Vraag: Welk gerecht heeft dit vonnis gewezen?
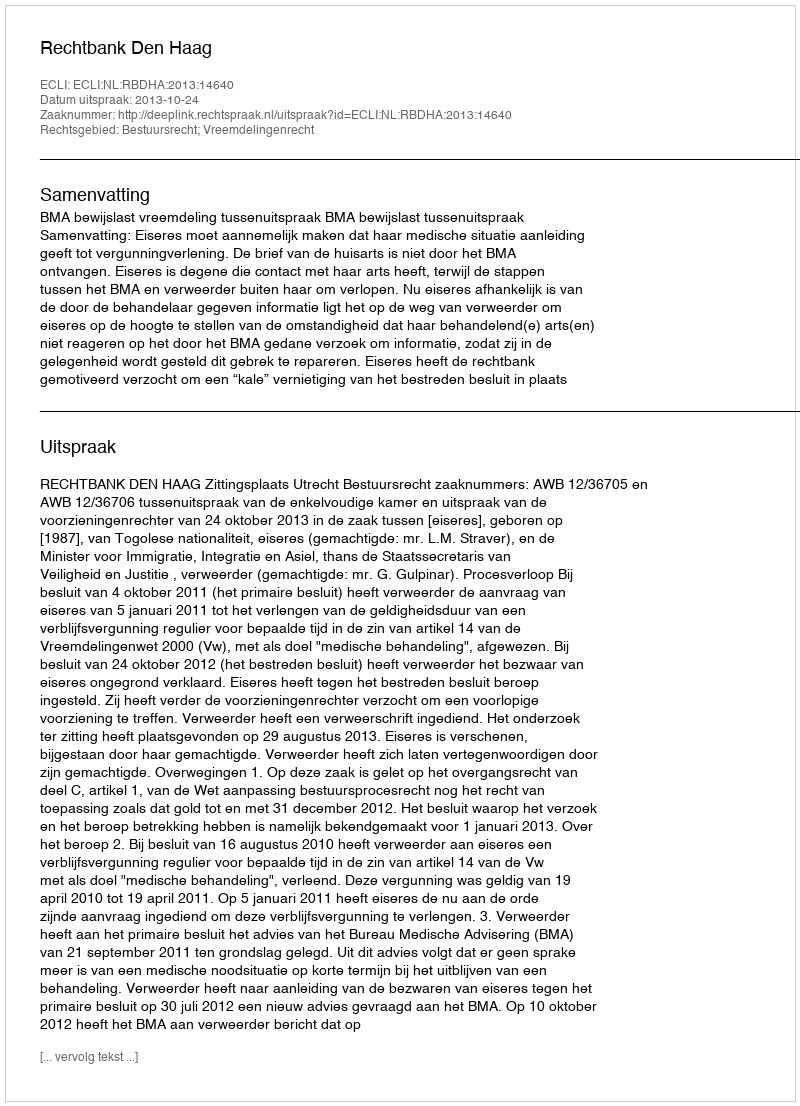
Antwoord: Rechtbank Den Haag